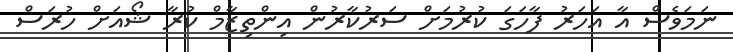
ނަމަވެސް އާ އަހަރު ފާހަގަ ކުރުމަށް ސަރުކާރުން އިންތިޒާމް ކުރާ ޝޯއަށް ހުރަސް